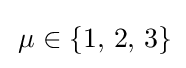
\,\mu \in \{1,\,2,\,3\}